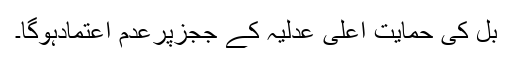
بل کی حمایت اعلیٰ عدلیہ کے ججزپرعدم اعتمادہوگا۔